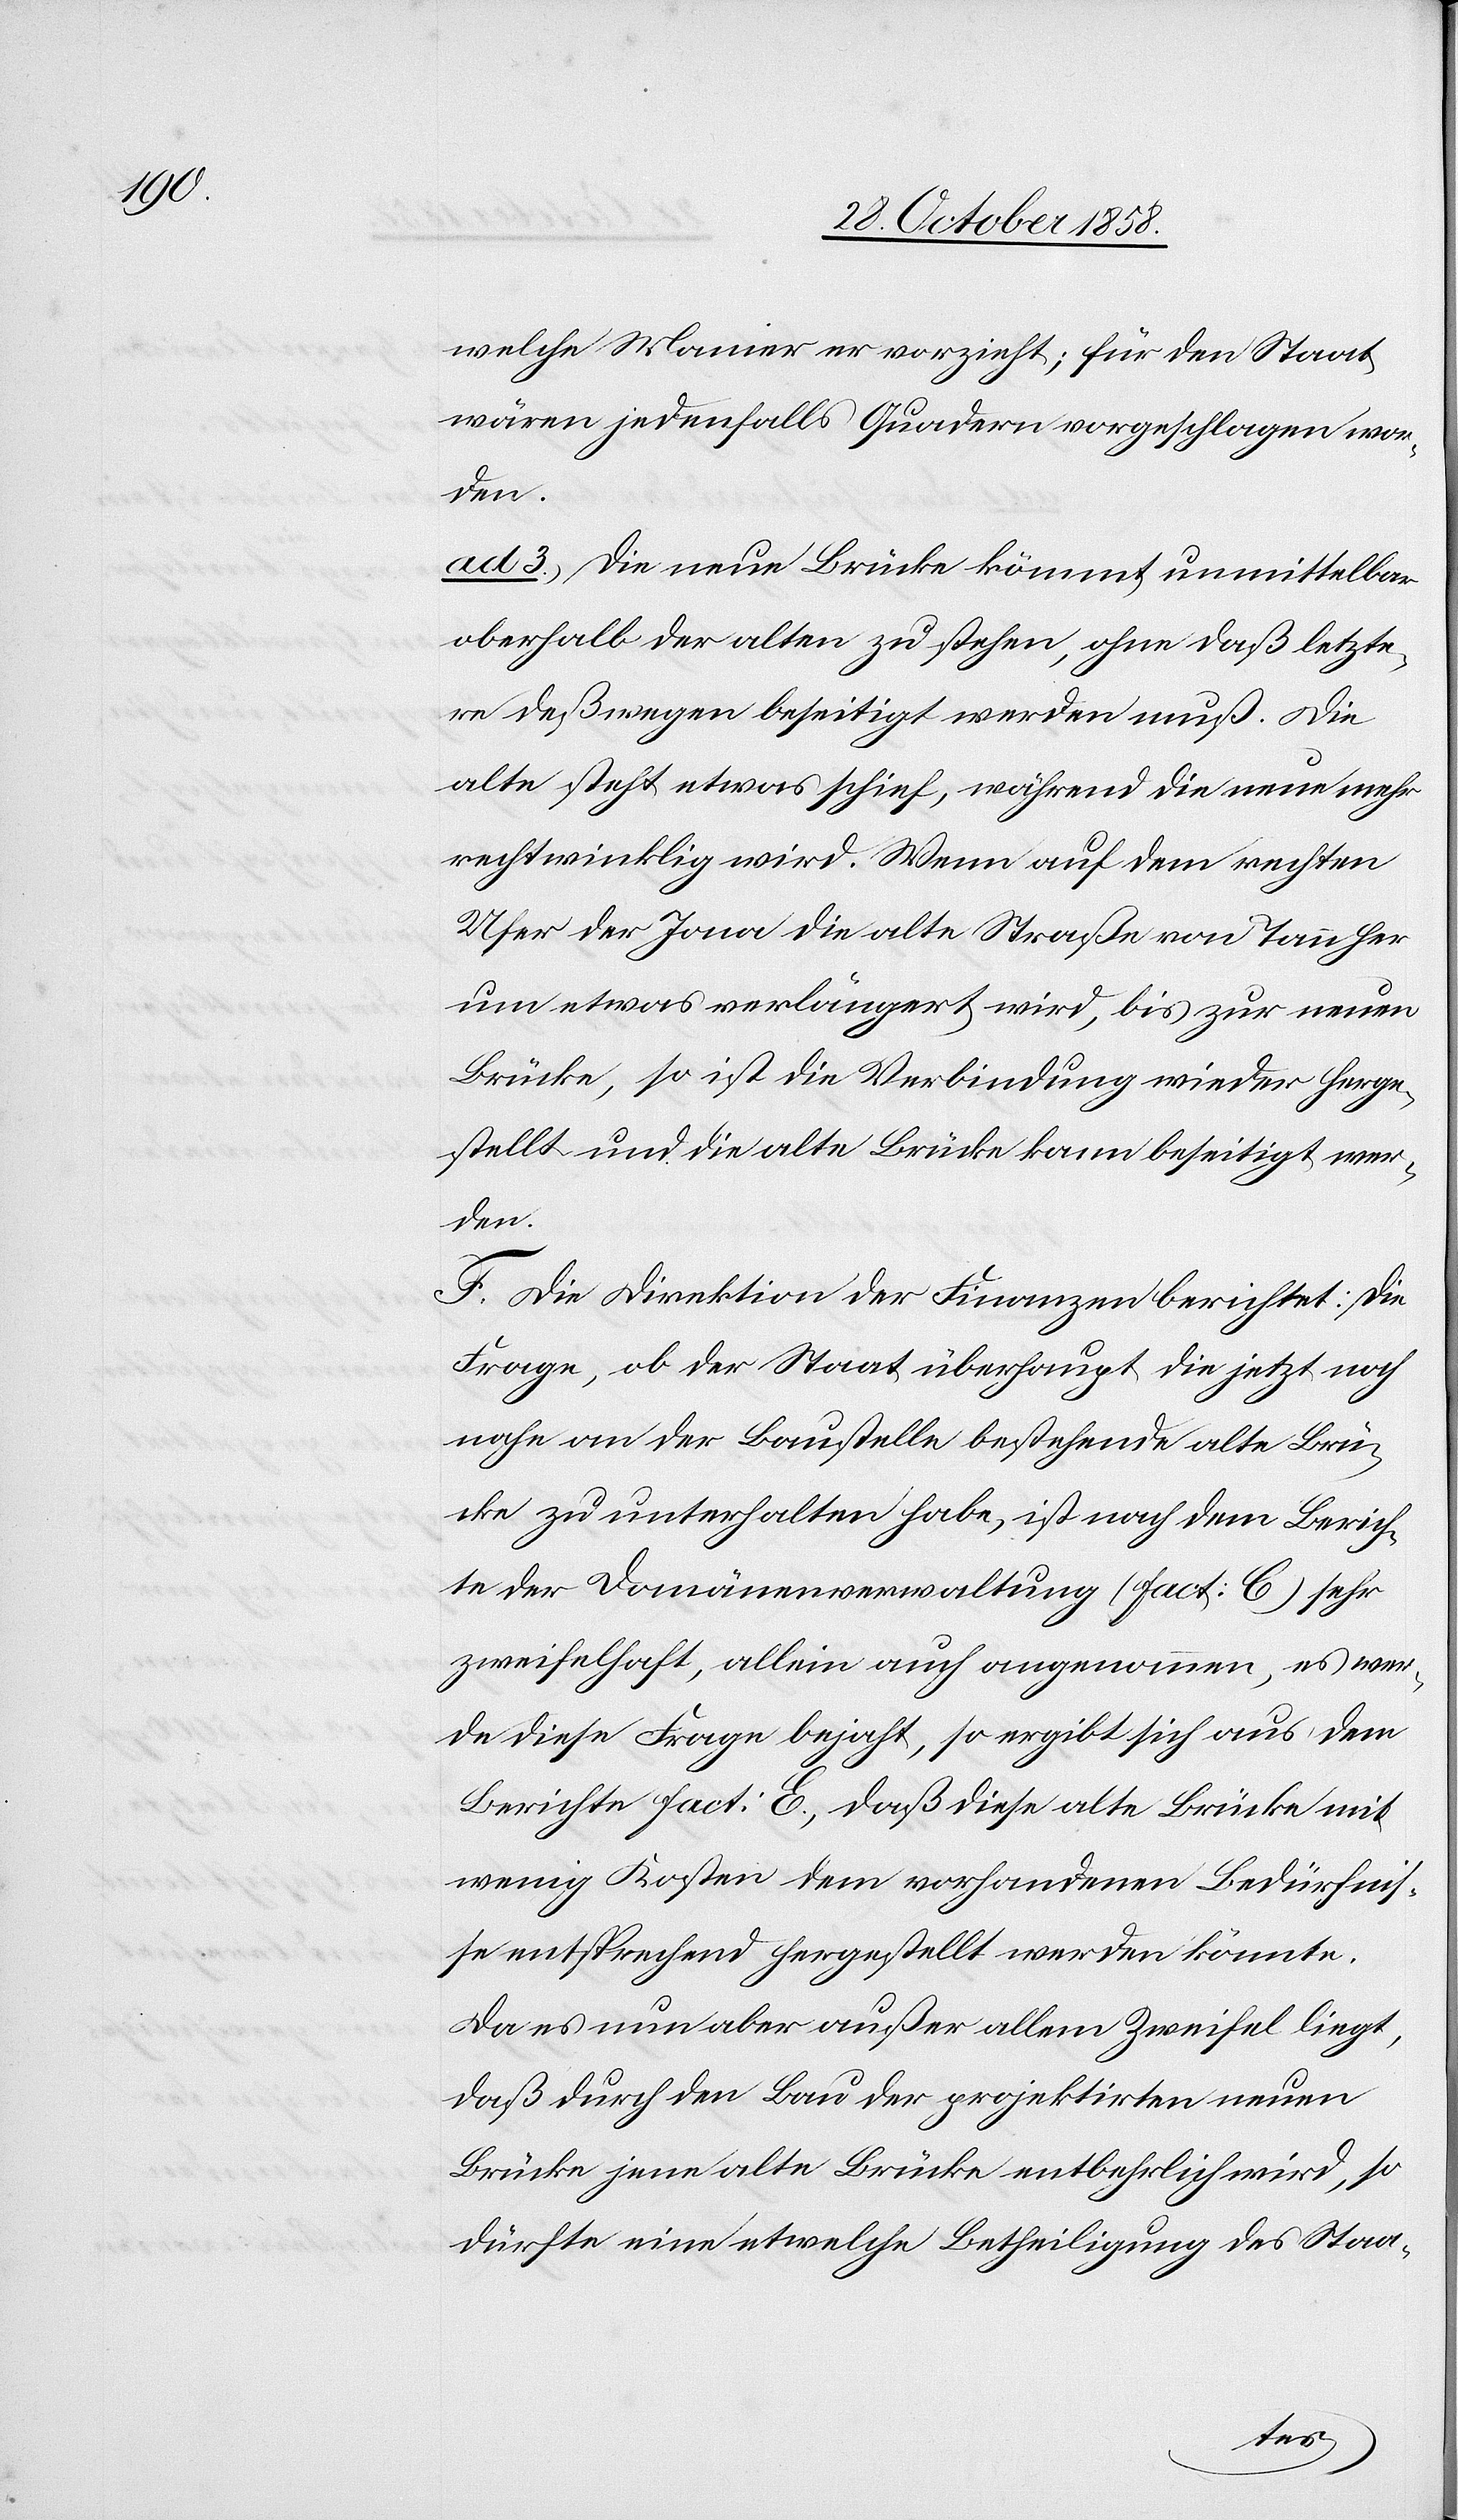
welche Manier er vorzieht; für den Staat
wären jedenfalls Quadern vorgeschlagen wor¬
den.
ad 3.) Die neue Brücke kömmt unmittelbar
oberhalb der alten zu stehen, ohne daß letzte¬
re deßwegen beseitigt werden muß. Die
alte steht etwas schief, während die neue mehr
rechtwinklig wird. Wenn auf dem rechten
Ufer der Jona die alte Straße von Tann her
um etwas verlängert wird, bis zur neuen
Brücke, so ist die Verbindung wieder herge¬
stellt und die alte Brücke kann beseitigt wer¬
den.
F. Die Direktion der Finanzen berichtet: Die
Frage, ob der Staat überhaupt die jetzt noch
nahe an der Baustelle bestehende alte Brü¬
cke zu unterhalten habe, ist nach dem Berich¬
te der Domänenverwaltung (Fact: C) sehr
zweifelhaft, allein auch angenommen, es wer¬
de diese Frage bejaht, so ergibt sich aus dem
Berichte Fact: E., daß diese alte Brücke mit
wenig Kosten dem vorhandenen Bedürfnis¬
se entsprechend hergestellt werden könnte.
Da es nun aber außer allem Zweifel liegt,
daß durch den Bau der projektirten neuen
Brücke jene alte Brücke entbehrlich wird, so
dürfte eine etwelche Betheiligung des Staa-